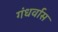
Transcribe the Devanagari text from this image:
गंधर्वास